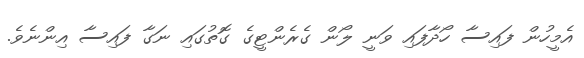
އެމީހުން ފައިސާ ހޯދާފައި ވަނީ ލޯން ގެރެންޓީގެ ގޮތުގައި ނަގާ ފައިސާ އިންނެވެ.